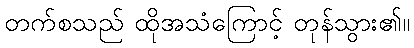
တက်စသည် ထိုအသံကြောင့် တုန်သွား၏။